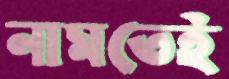
নামতেই